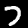
Digit: 7